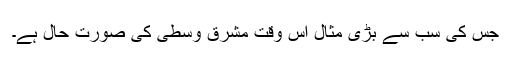
جس کی سب سے بڑی مثال اس وقت مشرقِ وسطیٰ کی صورت حال ہے۔